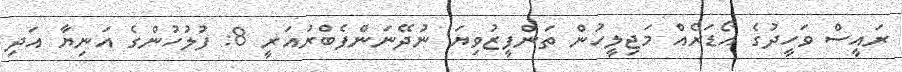
ރައީސް ވަހީދުގެ އޯޑަރެއް މަޖިލީހުން ތަންފީޒުވިޔަ ނުދޭނަންފެބްރުއަރީ 8: ފުލުހުންގެ އަނިޔާ އަދި